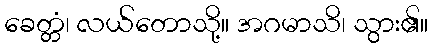
ခေတ္တံ၊ လယ်တောသို့။ အဂမာသိ၊ သွား၏။